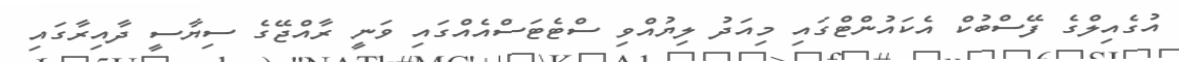
އުގެއިލްގެ ފޭސްބުކް އެކައުންޓްގައި މިއަދު ލިޔުއްވި ސްޓެޓަސްއެއްގައި ވަނީ ރާއްޖޭގެ ސިޔާސީ ދާއިރާގައި